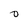
Character: 0